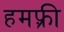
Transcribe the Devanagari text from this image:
हमफ़्री